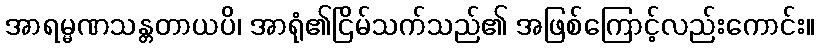
အာရမ္မဏသန္တတာယပိ၊ အာရုံ၏ငြိမ်သက်သည်၏ အဖြစ်ကြောင့်လည်းကောင်း။